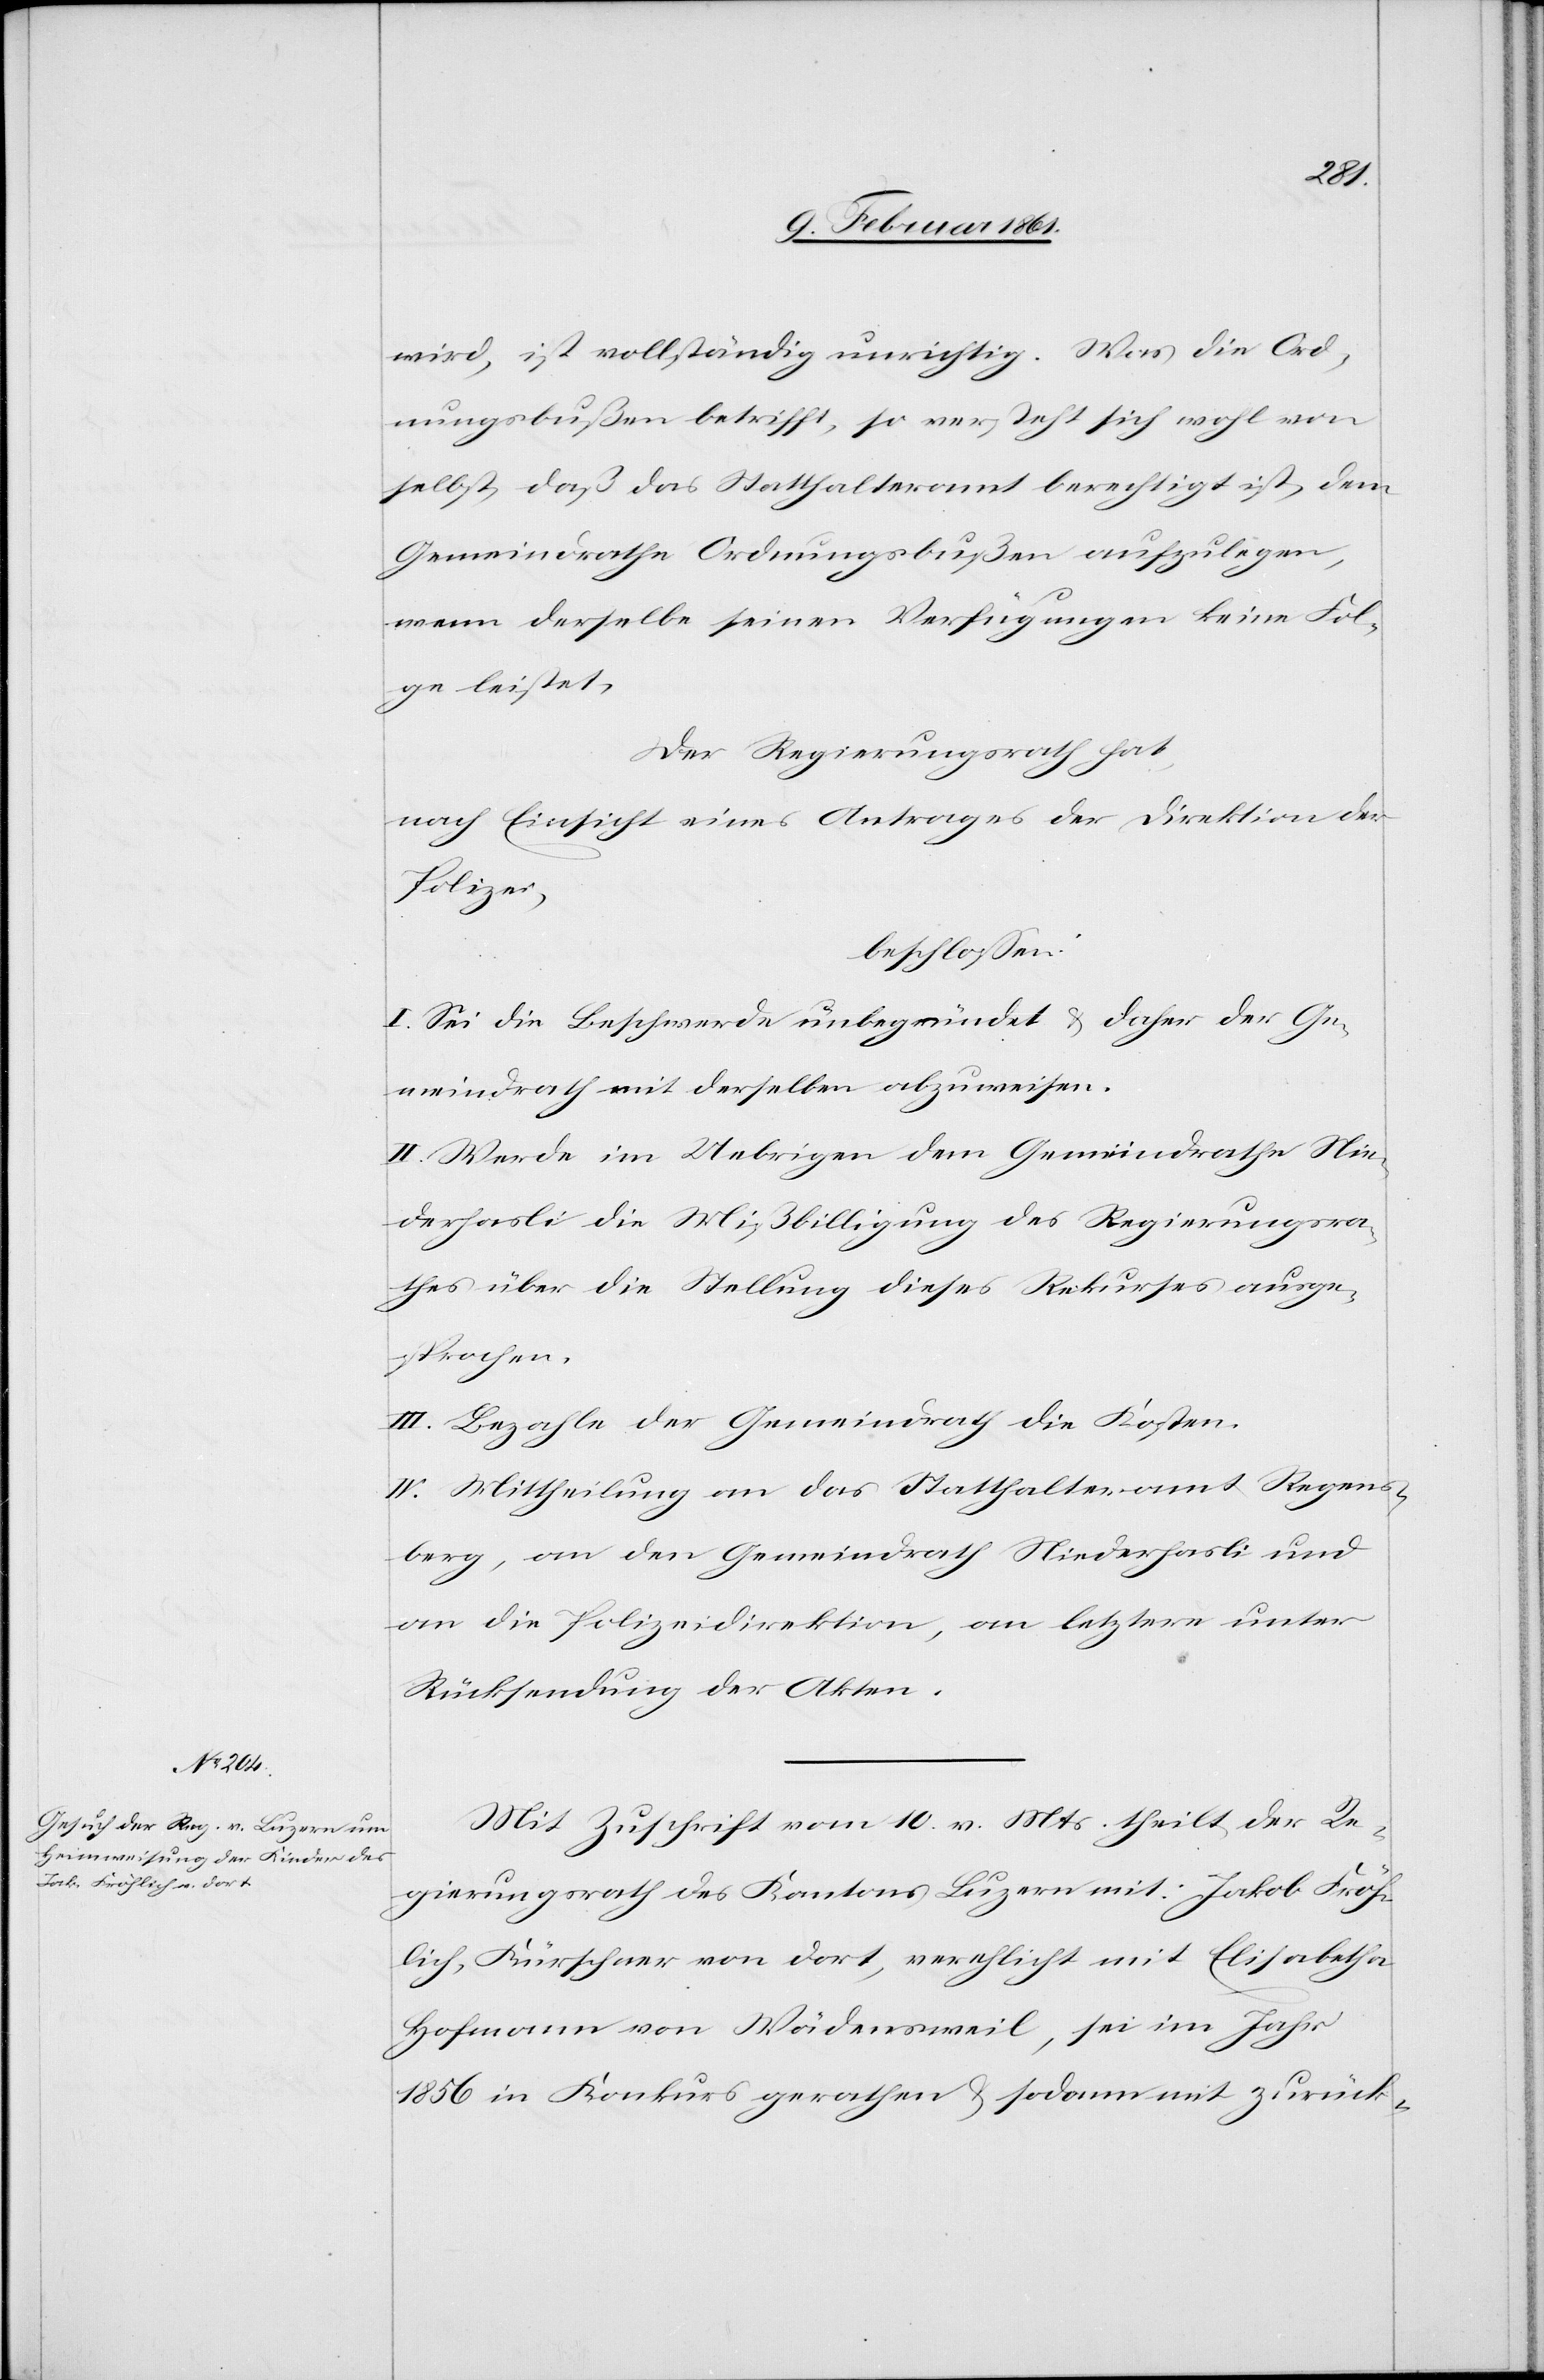
wird, ist vollständig unrichtig. Was die Ord¬
nungsbußen betrifft, so versteht sich wohl von
selbst, daß das Statthalteramt berechtigt ist, dem
Gemeindrathe Ordnungsbußen aufzulegen,
wenn derselbe seinen Verfügungen keine Fol¬
ge leistet.
Der Regierungsrath hat,
nach Einsicht eines Antrages der Direktion der
Polizei,
beschlossen:
I. Sei die Beschwerde unbegründet u. daher der Ge¬
meindrath mit derselben abzuweisen.
II. Werde im Uebrigen dem Gemeindrathe Nie¬
derhasli die Mißbilligung des Regierungsra¬
thes über die Stellung dieses Rekurses ausge¬
sprochen.
III. Bezahle der Gemeindrath die Kosten.
IV. Mittheilung an das Statthalteramt Regens¬
berg, an den Gemeindrath Niederhasli und
an die Polizeidirektion, an letztere unter
Rücksendung der Akten.
Mit Zuschrift vom 10. v. Mts. theilt der Re¬
gierungsrath des Kantons Luzern mit: Jakob Fröh¬
lich, Kürschner von dort, verehlicht mit Elisabetha
Hofmann von Wädensweil, sei im Jahr
1856 in Konkurs gerathen u. sodann mit zurück-